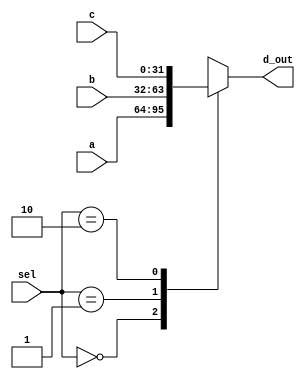
module mux3_32bits(a,b,c,sel,d_out); // this module means 32 bits 3 to 1 multiplexer
input [31:0] a,b,c; // define 32 bits input a,b,c
input [1:0] sel; // define 2 bits input sel
output reg [31:0] d_out; // define 32 bits output and reg d_out

always @ (sel, a, b, c) // Calculate the d_out through the case statement
	begin // it means 1 time loop, begin - end means { }
		case(sel)
		2'b00: d_out <= a;
		2'b01: d_out <= b;
		2'b10: d_out <= c;
		default: d_out <= 32'bx; // To prevent the problem of latch
		endcase // end of case 
	end
	
endmodule // end of module

// The above command is if(sel) and assign a:b? a: same as b